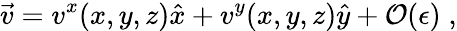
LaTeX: \vec{v}=v^{x}(x,y,z)\hat{x}+v^{y}(x,y,z)\hat{y}+{\mathcal O}({\epsilon})\; ,